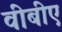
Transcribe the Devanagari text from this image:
वीबीए